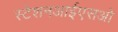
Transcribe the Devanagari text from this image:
स्टेशनआईएसओ